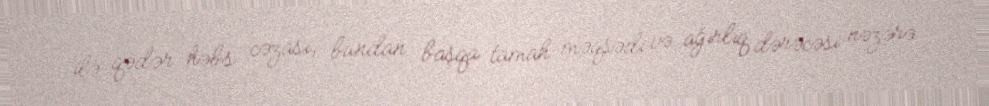
ilə qədər həbs cəzası, bundan başqa tamah məqsədi və ağırlıq dərəcəsi nəzərə